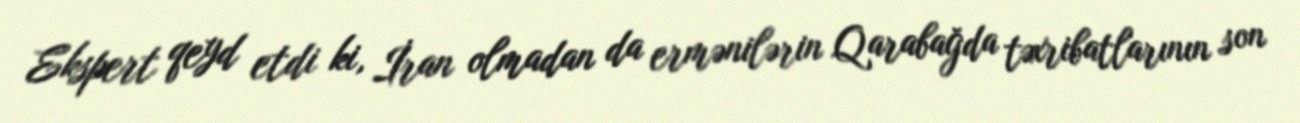
Ekspert qeyd etdi ki, İran olmadan da ermənilərin Qarabağda təxribatlarının son